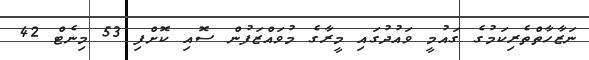
ނަޒާހާތްތެރިކަމުގެ ގައުމީ ވައުދުގައި މީރާގެ މުވައްޒަފުން ސޮއި ކޮށްފި 53 މިނެޓް 42